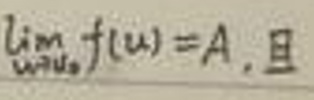
$\lim_{u \to u_0} f(u)=A, $且